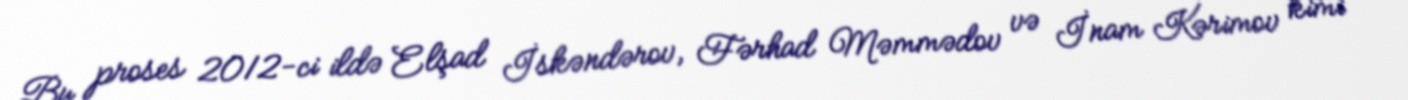
Bu proses 2012-ci ildə Elşad İskəndərov, Fərhad Məmmədov və İnam Kərimov kimi